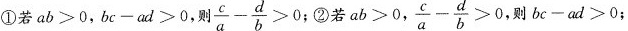
①若$$a b > 0$$，$$b c - a d > 0$$，则 $$\frac { c } { a } - \frac { d } { b } > 0$$ ；②若$$a b > o$$， $$ \frac { c } { a } - \frac { d } { b } > 0$$， 则$$b c - a d > 0$$；